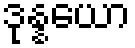
ဒုန္နယော